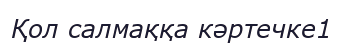
Қол салмаққа кәртечке1